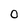
Character: 0